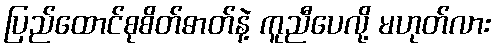
ပြည်ထောင်စုစိတ်ဓာတ်နဲ့ ကူညီပေလို့ မဟုတ်လား